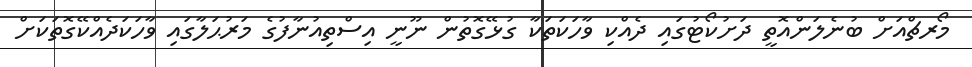
މޯރޗްއަށް ބުނެލަންއޮތީ ދަށުކޯޓުގައި ދެއްކި ވާހަކަތަކާ ގުޅޭގޮތުން ނޫނީ އިސްތިއުނާފުގެ މަރުޙަލާގައި ވާހަކަދެއްކޭގޮތަކަށް